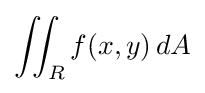
\iint _{R}f(x,y)\,dA